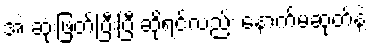
အဲ ဆုံးဖြတ်ပြီးပြီ ဆိုရင်လည်း နောက်မဆုတ်နဲ့